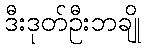
ဒီးဒုတ်ဦးဘချို